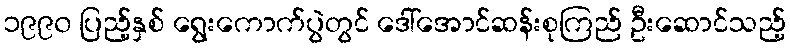
၁၉၉၀ ပြည့်နှစ် ရွေးကောက်ပွဲတွင် ဒေါ်အောင်ဆန်းစုကြည် ဦးဆောင်သည့်